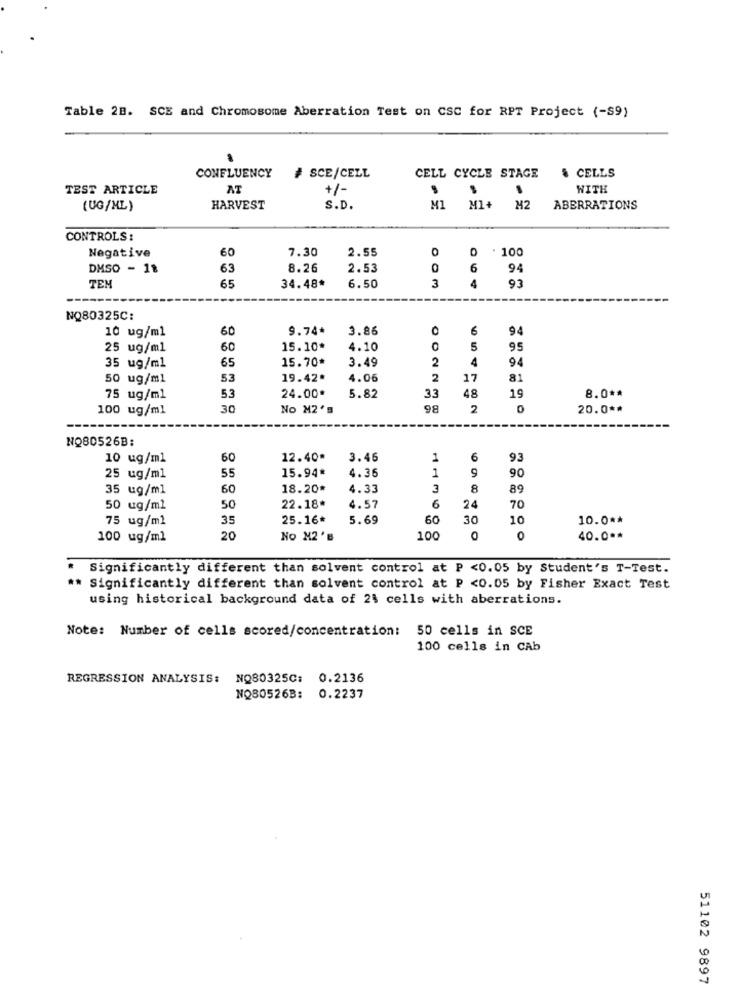
Table 2B. SCE and Chromosome Aberration Test on CSC for RPT Project (-S9)
CONFLUENCY
# SCE/CELL
CELL CYCLE STAGE
& CELLS
TEST ARTICLE
AT
+/-
WITH
(UG/ML)
HARVEST
S.D.
MI
M1+
M2
ABERRATIONS
CONTROLS:
60
7.30
2.55
0
0 .100
Negative
DMSO - 11
63
8.26
2.53
0
6
94
4
TEM
65
34.48*
6.50
3
93
NQ80325C:
10 ug/ml
60
9.74*
3.86
6
94
25 ug/ml
60
15.10*
4.10
5
95
65
15.70*
3.49
2
4
94
35 ug/ml
50 ug/ml
53
19.42*
4.06
2
17
81
75 ug/ml
5.3
24.00*
5.82
33
48
19
8.0 **
100 ug/ml
30
No M2's
98
2
0
20.0 **
NO80526B:
10 ug/ml
60
12.40*
3.46
1
6
6
93
55
15.94*
1
25 ug/ml
4.36
90
35 ug/ml
60
18.20*
4.33
3
8
89
50 ug/ml
50
22.18*
4.57
6
24
70
75 ug/ml
35
25.16*
5.69
60
30
10
10.0 **
100 ug/ml
20
No M2 'B
100
O
0
40.0 **
Significantly different than solvent control at P <0.05 by Student's T-Test.
** Significantly different than solvent control at P <0.05 by Fisher Exact Test
using historical background data of 2% cells with aberrations.
Note: Number of cells scored/concentration: 50 cells in SCE
100 cells in CAb
REGRESSION ANALYSIS:
NQ80325C: 0.2136
NQ80526B: 0.2237
51102 9897